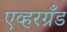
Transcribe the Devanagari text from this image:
एव्हरग्रँड